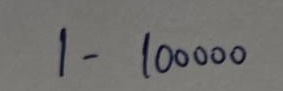
1 - 100000